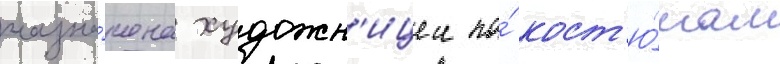
назна́чена художн'ицеи по́ кост'ю́мам